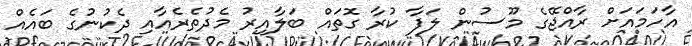
އާހަމައަށް ރާއްޖޭގެ މޫސުން ލަފާ ކުރާ ގޮތައް ބަލާއިރު މެދުތެރެއާއި ދެކުނުގެ ބައެއް